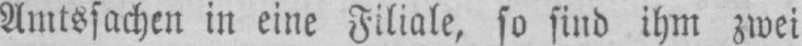
Amtssachen in eine Filiale, so sind ihm zwei